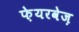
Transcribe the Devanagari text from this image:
फ़ेयरवेज़